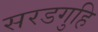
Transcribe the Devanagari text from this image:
सरडगुहि